Vaccination North-Western Provinces and Oudh 1896-1901 - 1896-1901
Year: 1896
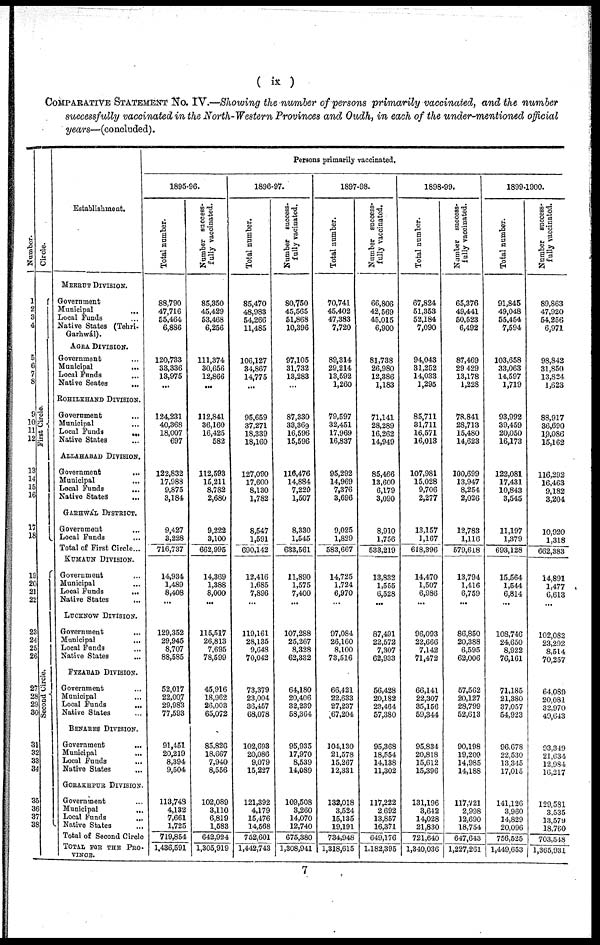
( ix )
COMPARATIVE STATEMENT No. IV.—Showing the number of persons primarily vaccinated, and the number
successfully vaccinated in the North-Western Provinces and Oudh, in each of the under-mentioned official
years—(concluded).
Number.
1
2
3
4
5
6
7
8
9
10 11
12
13
14
15
16
17
18
19
20
21
22
23
24
25
26
27
28
29
30
31
32
33
34
35
36
37
38
Circle.
First
Circle.
Second Circle.
Establishment.
MEERUT DIVISION.
Government
Municipal ...
Local Funds ...
Native States (Tehri¬
Garhwál).
AGRA DIVISION.
Government ...
Municipal ...
Local Funds ...
Native Seates
...
ROHILKHAND DIVISION.
Government
...
Municipal ...
Local Funds
...
Native States ...
ALLAHABAD DIVISION.
Government ...
Municipal ...
Local Funds ...
Native States ...
GARHWÁL DISTRICT.
Government ...
Local Funds ...
Total of First Circle...
KUMAUN DIVISION.
Government ...
Municipal ...
Local Funds
...
Native States ...
LUCKNOW DIVISION.
Government
...
Municipal ...
Local Funds ...
Native States ...
FYZABAD DIVISION.
Government ...
Municipal ...
Local Funds
...
Native States ...
BENARES DIVISION.
Government
...
Municipal ...
Local Funds ...
Native States ...
GORAKHPUR DIVISION.
Government ...
Municipal
Local Funds
...
Native States ...
Total of Second Circle
TOTAL FOR THE PRO¬
VINCE.
Persons primarily vaccinated.
1895-96.
Total number.
88,790
47,716
55,464
6,886
120,733
33,336
13,975
...
124,231
40,368
18,007
697
122,832
17,988
9,875
3,184
9,427
3,228
716,737
14,934
1,489
8,408
...
129,352
29,945
8,707
88,585
52,017
22,007
29,983
77,593
91,451
20,219
8,394
9,504
113,748
4,132
7,661
1,725
719,854
1,436,591
Number success-
fully vaccinated.
85,350
45,429
53,468
6,256
111,374
30,656
12,866
...
112,841
36,160
16,425
582
112,593
15,211
8,782
2,680
9,222
3,100
662,995
14,369
1,388
8,000
...
115,517
26,813
7,695
78,599
45,916
18,962
26,003
65,072
85,826
18,667
7,940
8,556
102,089
3,110
6,819
1,583
642,924
1,305,919
1896-97.
Total number.
85,470
48,983
54,266
11,485
106,127
34,867
14,775
...
95,659
37,271
18,339
18,160
127,090
17,600
8,130
1,782
8,547
1,591
690,142
12,416
1,685
7,896
...
119,161
28,135
9,648
70,042
73,379
23,004
36,457
68,078
102,693
20,086
9,079
15,227
121,392
4,179
15,476
14,568
752,601
1,442,743
Number success¬
fully vacinated.
80,750
45,565
51,868
10,396
97,105
31,732
13,283
...
87,330
33,369
16,596
15,596
116,476
14,884
7,229
1,507
8,330
1,545
633,561
11,890
1,575
7,400
...
107,288
25,267
8,328
62,332
64,180
20,406
32,239
58,364
95,935
17,970
8,539
14,089
109,508
3,260
14,070
12,740
675,380
1,308,941
1897-98.
Total number.
70,741
45,402
47,383
7,720
89,314
29,214
13,592
1,260
79,597
32,451
17,969
16,837
95,292
14,969
7,376
3,696
9,025
1,829
583,667
14,725
1,724
6,970
...
97,084
26,160
8,100
73,516
66,421
22,633
27,237
67,204
104,130
21,578
15,267
12,331
132,018
3,524
15,135
19,191
734,948
1,318,615
Number success-
fully vaccinated.
66,806
42,569
45,015
6,900
81,738
26,980
12,386
1,183
71,141
28,289
16,262
14,949
85,466
13,600
6,179
3,090
8,910
1,756
533,219
13,832
1,555
6,528
...
87,491
22,572
7,307
62,933
56,428
20,182
23,464
57,380
95,368
18,554
14,138
11,302
117,222
2,692
13,857
16,371
649,176
1,182,395
1898-99.
Total number.
67,824
51,353
52,184
7,090
94,043
31,252
14,033
1,295
85,711
31,711
16,571
16,013
107,981
15,028
9,706
2,277
13,157
1,167
618,396
14,470
1,507
6,986
...
96,093
22,666
7,142
71,472
66,141
22,307
35,156
59,344
95,834
20,818
15,612
15,396
131,196
3,642
14,028
21,830
721,640
1,340,036
Number success-
fully vaccinated.
65,376
49,441
50,523
6,492
87,469
29,429
13,178
1,228
78,841
28,713
15,480
14,623
100,699
13,947
8,254
2,026
12,783
1,116
579,618
13,794
1,416
6,759
...
86,850
20,388
6,595
62,006
57,562
20,127
28,799
52,613
90,198
19,200
14,985
14,188
117,721
2,998
12,690
18,754
647,643
1,227,261
1899-1900.
Total number.
91,845
49,048
55,454
7,594
103,658
33,063
14,597
1,719
93,992
39,459
20,050
16,173
122,081
17,431
10,843
3,545
11,197
1,379
693,128
15,564
1,544
6,814
...
108,746
24,650
8,922
76,161
71,185
21,380
37,057
54,923
96,678
22,530
13,345
17,015
141,126
3,960
14,829
20,096
756,525
1,449,653
Number success-
fully Vaccinated.
89,863
47,920
54,256
6,971
98,842
31,850
13,824
1,623
88,917
36,690
19,086
15,162
116,292
16,463
9,182
3,204
10,920
1,318
662,383
14,891
1,477
6,613
...
102,082
23,292
8,514
70,257
64,089
20,081
32,970
49,643
93,349
21,634
12,984
16,217
129,581
3,535
13,579
18,760
703,548
1,365,931
7